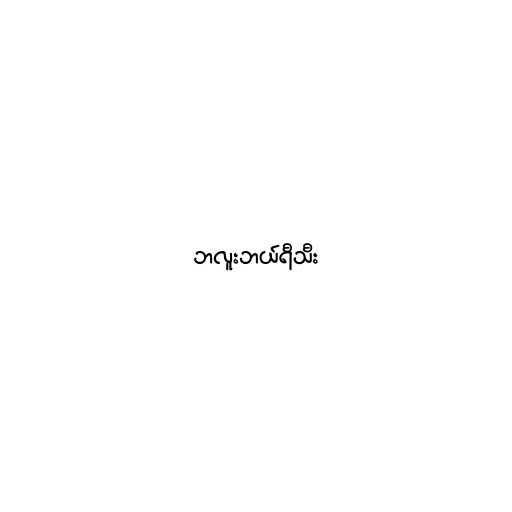
ဘလူးဘယ်ရီသီး